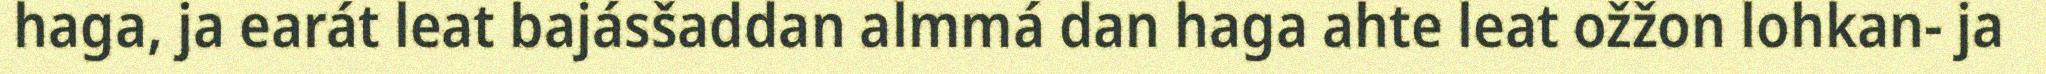
haga, ja earát leat bajásšaddan almmá dan haga ahte leat ožžon lohkan- ja